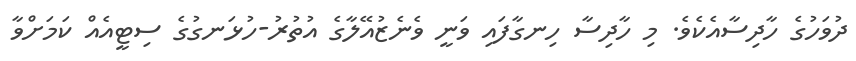
ދުވަހުގެ ހާދިސާއެކެވެ. މި ހާދިސާ ހިނގާފައި ވަނީ ވެނެޒުއޭލާގެ އުތުުރު-ހުޅަނގުގެ ސިޓީއެއް ކަމަށްވާ